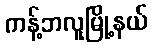
ကန့်ဘလူမြို့နယ်